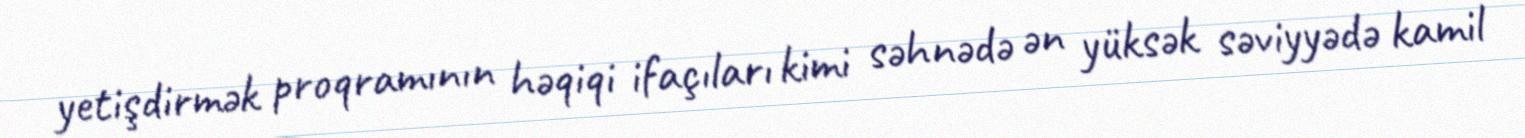
yetişdirmək proqramının həqiqi ifaçıları kimi səhnədə ən yüksək səviyyədə kamil